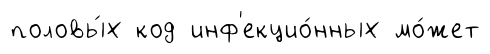
половы́х код инф'екцио́нных мо́жет